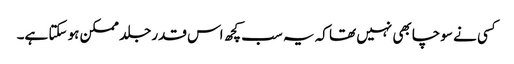
کسی نے سوچا بھی نہیں تھا کہ یہ سب کچھ اس قدر جلد ممکن ہو سکتا ہے۔